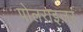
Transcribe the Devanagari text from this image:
पोलराइज़र